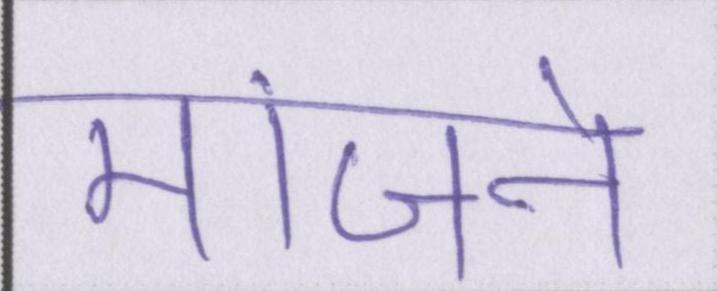
मांजने